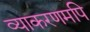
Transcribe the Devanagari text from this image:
व्याकरणमपि